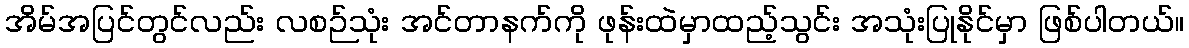
အိမ်အပြင်တွင်လည်း လစဉ်သုံး အင်တာနက်ကို ဖုန်းထဲမှာထည့်သွင်း အသုံးပြုနိုင်မှာ ဖြစ်ပါတယ်။